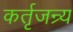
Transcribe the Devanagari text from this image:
कर्तृजन्र्य